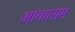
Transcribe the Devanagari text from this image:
आकासम